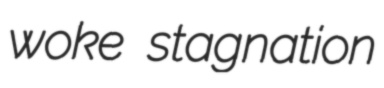
woke stagnation